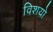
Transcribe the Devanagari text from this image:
विशयो